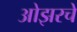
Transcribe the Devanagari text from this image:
ओझरचे